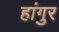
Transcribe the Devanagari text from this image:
हांगुर